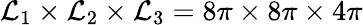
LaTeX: \mathcal{L}_{1}\times\mathcal{L}_{2}\times\mathcal{L}_{3}=8\pi\times8\pi\times4\pi